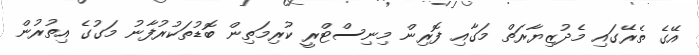
އޭގެ ތެރޭގައި މެދުޒިޔާރަތް މަގާއި ފޮރިން މިނިސްޓްރީ ކުރިމަތިން ބޮޑުތަކުރުފާނު މަގުގެ އިތުރުން